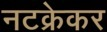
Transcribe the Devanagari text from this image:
नटक्रेकर